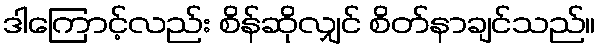
ဒါကြောင့်လည်း စိန်ဆိုလျှင် စိတ်နာချင်သည်။